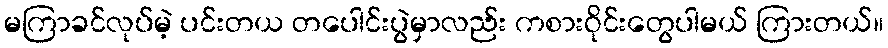
မကြာခင်လုပ်မဲ့ ပင်းတယ တပေါင်းပွဲမှာလည်း ကစားဝိုင်းတွေပါမယ် ကြားတယ်။